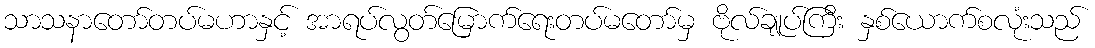
သာသနာတော်တပ်မဟာနှင့် အာရပ်လွတ်မြောက်ရေးတပ်မတော်မှ ဗိုလ်ချုပ်ကြီး နှစ်ယောက်စလုံးသည်